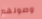
وصولهم